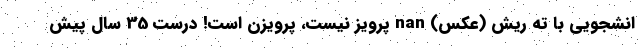
انشجویی با ته ریش (عکس) nan پرویز نیست، پرویزَن است! درست 35 سال پیش